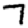
Digit: 7